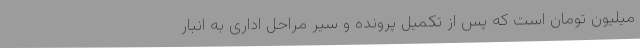
میلیون تومان است که پس از تکمیل پرونده و سیر مراحل اداری به انبار